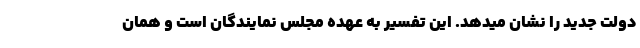
دولت جدید را نشان میدهد. این تفسیر به عهده مجلس نمایندگان است و همان